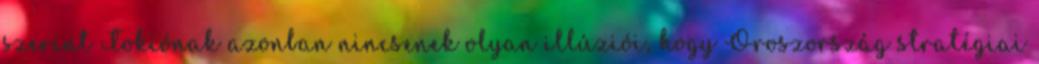
szerint Tokiónak azonban nincsenek olyan illúziói, hogy Oroszország stratégiai